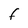
Character: F